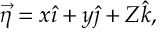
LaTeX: \vec { \eta } = x \hat { \imath } + y \hat { \jmath } + Z \hat { k } ,